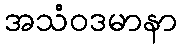
အသံဝဒမာနာ